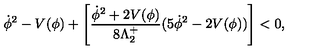
\dot { \phi } ^ { 2 } - V ( \phi ) + \left[ \frac { \dot { \phi } ^ { 2 } + 2 V ( \phi ) } { 8 \Lambda _ { 2 } ^ { + } } ( 5 \dot { \phi } ^ { 2 } - 2 V ( \phi ) ) \right] < 0 ,